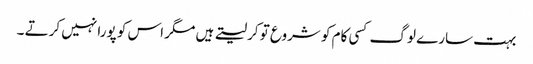
بہت سارے لوگ کسی کام کو شروع تو کرلیتے ہیں مگر اس کو پورا نہیں کرتے ۔